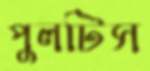
পুলটিস